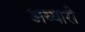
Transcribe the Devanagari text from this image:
अय्यारी